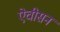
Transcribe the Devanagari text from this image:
ऐचीसन